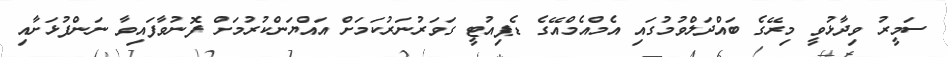
ސަމީރު ވިދާޅުވީ މިރޭގެ ބައްދަލްވުމުގައި އެމްއެމްއޭގެ ޑެޕިއުޓީ ގަވަރުނަރުކަމަށް އައްޔަންކުރުމަށް ފޮނުވާފައިވާ ނަންފުޅަށާއި